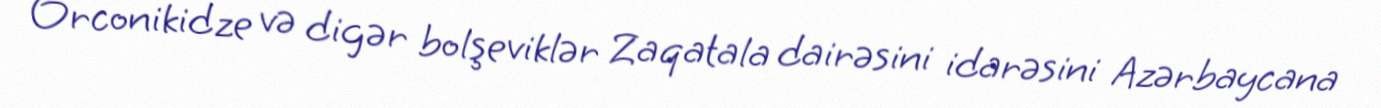
Orconikidze və digər bolşeviklər Zaqatala dairəsini idarəsini Azərbaycana